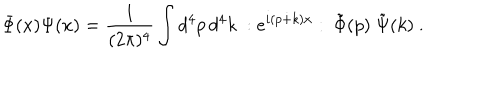
\Phi ( x ) \Psi ( x ) = \frac { 1 } { ( 2 \pi ) ^ { 4 } } \int d ^ { 4 } p \, d ^ { 4 } k ~ : e ^ { i ( p \dot { + } k ) x } : ~ \tilde { \Phi } ( p ) ~ \tilde { \Psi } ( k ) ~ .